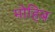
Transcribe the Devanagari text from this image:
मोहिब